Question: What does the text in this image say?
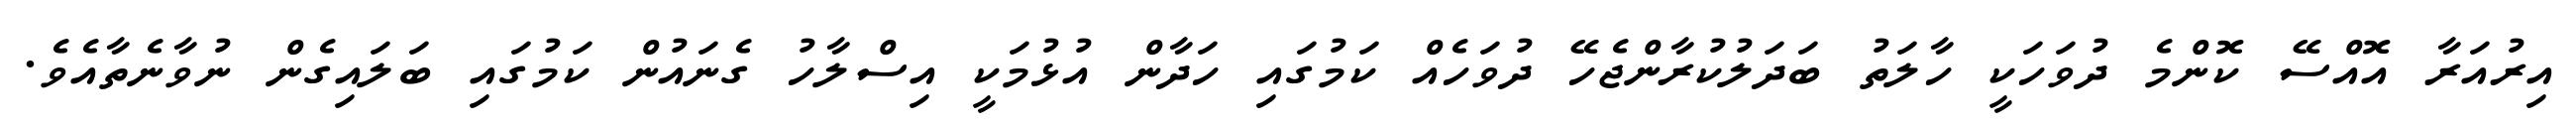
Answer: އިރުއަރާ އޮއްސޭ ކޮންމެ ދުވަހަކީ ހާލަތު ބަދަލުކުރާންޖެހޭ ދުވަހެއް ކަމުގައި ހަދާން އުޅުމަކީ އިސްލާހު ގެނައުން ކަމުގައި ބަލައިގެން ނުވާނެތާއެވެ.